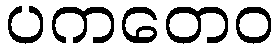
ပကတေဝ